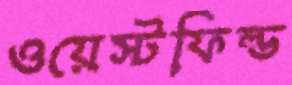
ওয়েস্টফিল্ড